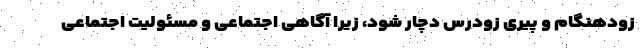
زودهنگام و پیری زودرس دچار شود، زیرا آگاهی اجتماعی و مسئولیت اجتماعی